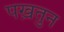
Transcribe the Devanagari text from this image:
पख़तुन